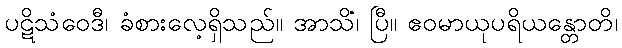
ပဋိသံဝေဒီ၊ ခံစားလေ့ရှိသည်။ အာသိံ၊ ပြီ။ ဧဝမာယုပရိယန္တောတိ၊